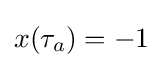
x(\tau _{a})=-1